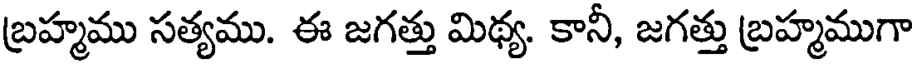
బ్రహ్మము సత్యము. ఈ జగత్తు మిథ్య. కానీ, జగత్తు బ్రహ్మముగా